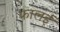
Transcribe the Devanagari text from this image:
फालई